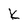
Character: k